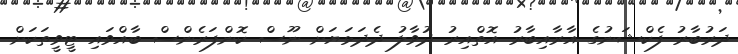
ދަރުބާރު ފެކްޝަނުގެ އާރާއިބާރު އޮތްއިރު ދުވާލު ދެދަޅަޔަށް ނޫސް ކޮންފަރެންސް ބާއްވައި ޓީވީތަކަށް